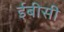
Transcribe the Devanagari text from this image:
ईबीसी